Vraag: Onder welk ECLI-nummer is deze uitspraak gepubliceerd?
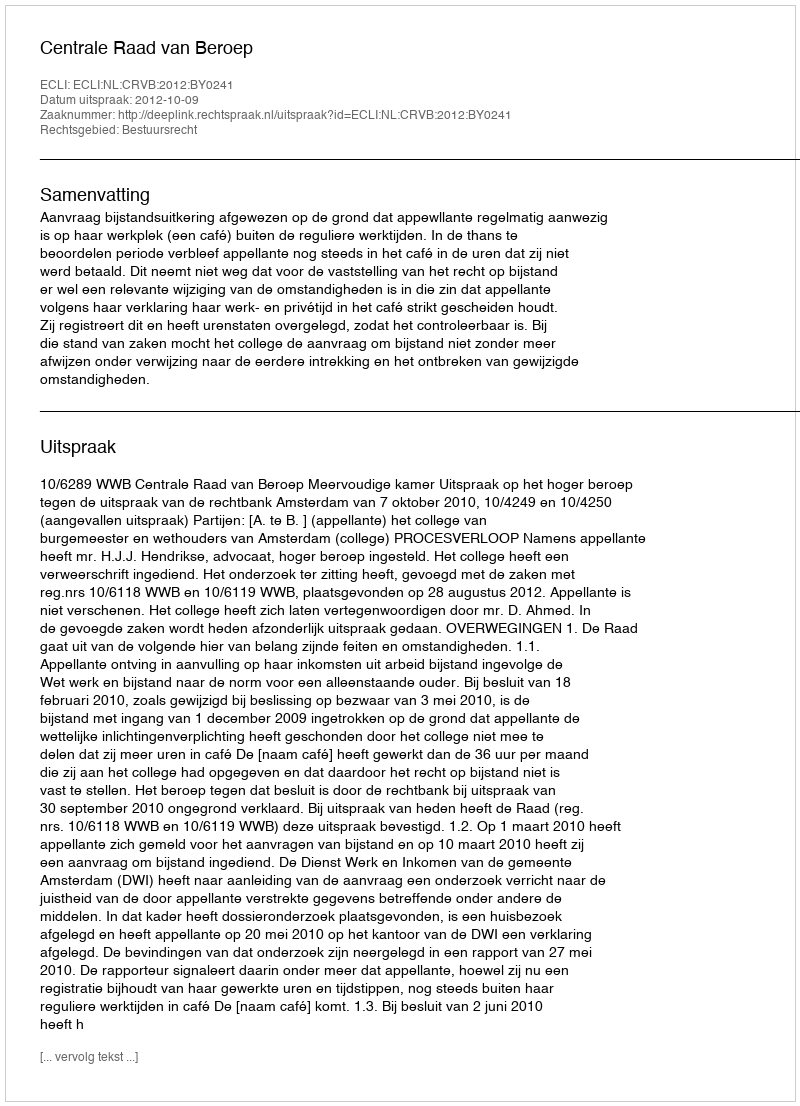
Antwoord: ECLI:NL:CRVB:2012:BY0241